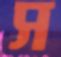
স